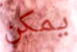
يمكن